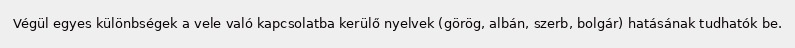
Végül egyes különbségek a vele való kapcsolatba kerülő nyelvek (görög, albán, szerb, bolgár) hatásának tudhatók be.